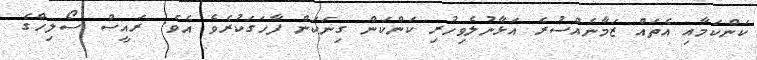
ކަންކަމާއި އެތައް ޒަމާނެއްސުރެ އަޅާނުލެވިހުރި ކަންކަން ގިނަކަން ފާހަގަކުރެވެ އެވެ. ރައީސް ސޯލިހްގެ